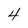
Character: 4